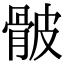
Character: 骳